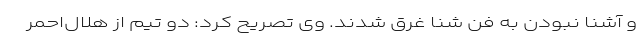
و آشنا نبودن به فن شنا غرق شدند. وی تصریح کرد: دو تیم از هلال‌احمر